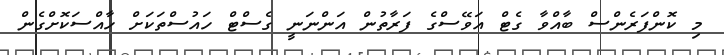
މި ކޮންފަރެންސް ބާއްވާ ގެޓް އަވޭސްގެ ފަރާތުން އަންނަނީ ގެސްޓް ހައުސްތަކަށް ހާއްސަކޮށްގެން